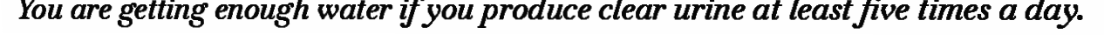
You are getting enough water if you produce clear urine at least five times a day.